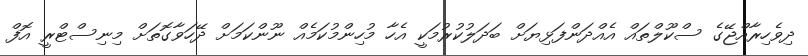
ދިވެހިރާއްޖޭގެ ސްކޫލްތައް އެއްދަންފަޅިޔަށް ބަދަލުކުރުމަކީ އެހާ މުހިންމުކަމެއް ނޫންކަމަށް ދޭހަވާގޮތަށް މިނިސްޓްރީ އޮފް